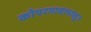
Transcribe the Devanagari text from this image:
कोपरगावापासून